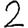
Digit: 2